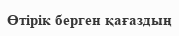
Өтірік берген қағаздың